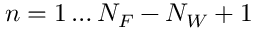
n = 1 \dots N _ { F } - N _ { W } + 1